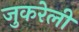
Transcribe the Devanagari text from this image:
जुकरेली